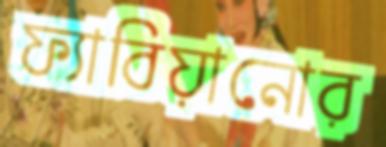
ফ্যাবিয়ানোর